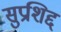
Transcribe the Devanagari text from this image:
सुप्रशिद्द